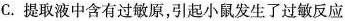
C.提取液中含有过敏原，引起小鼠发生了过敏反应